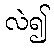
လဲ၍